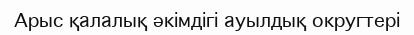
Арыс қалалық әкімдігі ауылдық округтері